Lunatic asylums Central Provinces reports 1886-1894 - 1886-1894
Year: 1886
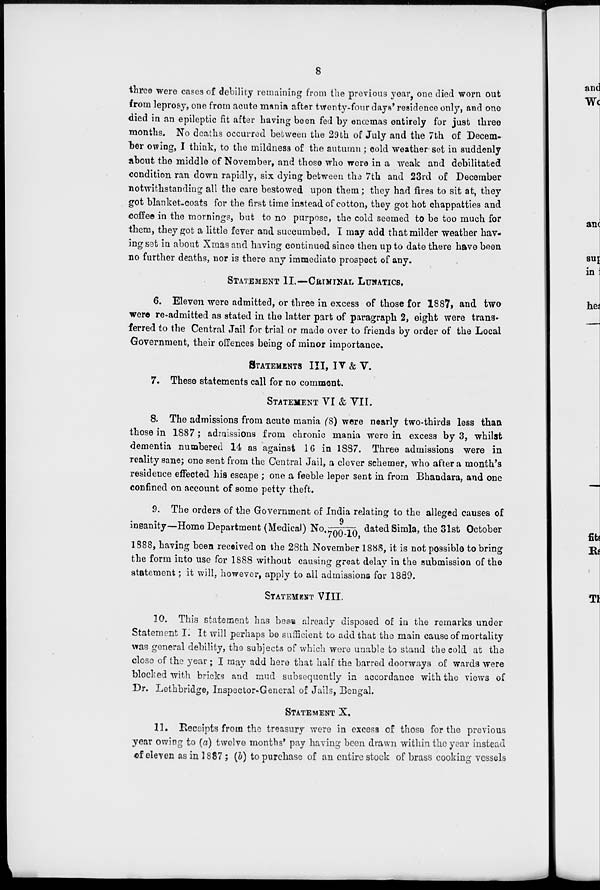
8
three were cases of debility remaining from the previous year, one died worn out
from leprosy, one from acute mania after twenty-four days' residence only, and one
died in an epileptic fit after having been fed by enœmas entirely for just three
months. No deaths occurred between the 29th of July and the 7th of Decem-
ber owing, I think, to the mildness of the autumn ; cold weather set in suddenly
about the middle of November, and those who were in a weak and debilitated
condition ran down rapidly, six dying between the 7th and 23rd of December
notwithstanding all the care bestowed upon them ; they had fires to sit at, they
got blanket-coats for the first time instead of cotton, they got hot chappatties and
coffee in the mornings, but to no purpose, the cold seemed to be too much for
them, they got a little fever and succumbed. I may add that milder weather hav-
ing set in about Xmas and having continued since then up to date there have been
no further deaths, nor is there any immediate prospect of any.
STATEMENT II.—CRIMINAL LUNATICS.
6. Eleven were admitted, or three in excess of those for 1887, and two
were re-admitted as stated in the latter part of paragraph 2, eight were trans-
ferred to the Central Jail for trial or made over to friends by order of the Local
Government, their offences being of minor importance.
STATEMENTS III, IV & V.
7. These statements call for no comment.
STATEMENT VI & VII.
8. The admissions from acute mania (8) were nearly two-thirds less than
those in 1887 ; admissions from chronic mania were in excess by 3, whilst
dementia numbered 14 as against 16 in 1887. Three admissions were in
reality sane; one sent from the Central Jail, a clever schemer, who after a month's
residence effected his escape ; one a feeble leper sent in from Bhandara, and one
confined on account of some petty theft.
9. The orders of the Government of India relating to the alleged causes of
9
insanity—Home Department (Medical) No. 9/700-10. dated Simla, the 31st October
1888, having been received on the 28th November 1888, it is not possible to bring
the form into use for 1888 without causing great delay in the submission of the
statement ; it will, however, apply to all admissions for 1889.
STATEMENT VIII.
10. This statement has been already disposed of in the remarks under
Statement I: It will perhaps be sufficient to add that the main cause of mortality
was general debility, the subjects of which were unable to stand the cold at the
close of the year ; I may add here that half the barred doorways of wards were
blocked with bricks and mud subsequently in accordance with the views of
Dr. Lethbridge, Inspector-General of Jails, Bengal.
STATEMENT X.
11. Receipts from the treasury were in excess of those for the previous
year owing to (a) twelve months' pay having been drawn within the year instead
of eleven as in 1887 ; (b) to purchase of an entire stock of brass cooking vessels